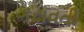
કઢાવતી